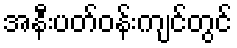
အနီးပတ်ဝန်းကျင်တွင်